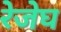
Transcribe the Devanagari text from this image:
रेजेघ